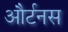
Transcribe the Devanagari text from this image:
और्टनस